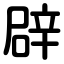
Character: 辟